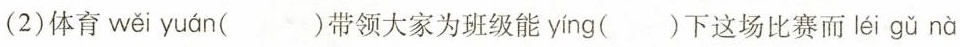
(2)体育 wěi yuán ()带领大家为班级能 yíng ()下这场比赛而 léi gǔ nà